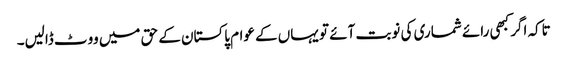
تاکہ اگر کبھی رائے شماری کی نوبت آئے تو یہاں کے عوام پاکستان کے حق میں ووٹ ڈالیں۔